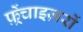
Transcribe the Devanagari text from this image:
फ़्रेंचाइज़रों